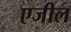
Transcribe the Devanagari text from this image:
एजील